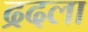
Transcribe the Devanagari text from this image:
द्रदला